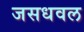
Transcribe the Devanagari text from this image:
जसधवल